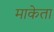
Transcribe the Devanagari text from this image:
माकेता